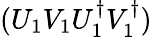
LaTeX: (U_{1}V_{1}U_{1}^{\dagger}V_{1}^{\dagger})